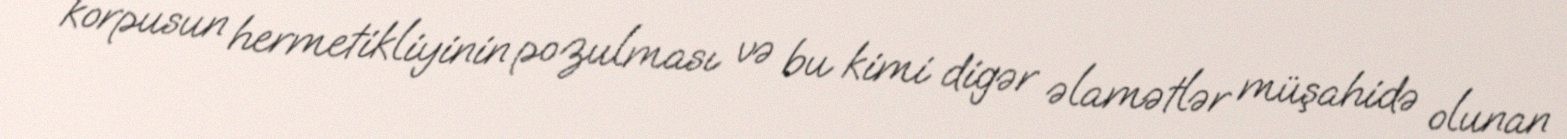
korpusun hermetikliyinin pozulması və bu kimi digər əlamətlər müşahidə olunan